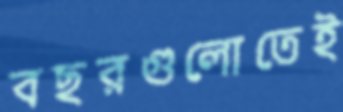
বছরগুলোতেই